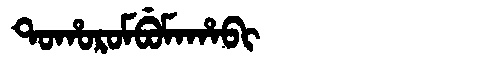
Manchu: ᡨᠣᡥᠣᡵᠣᠮᠪᡠᠮᠠᡥᠠᠪᡳ
Romanization: TOHOROMBUMAHABI